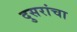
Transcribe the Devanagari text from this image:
दुसरांचा